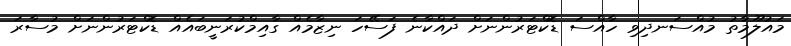
މައުލޫމާތު މުއްސަނދިވި ހާއްސަ ޑޮކްޓަރުންނަށް ދައްކާނެ ފަސޭހަ ނިޒާމެއް ގާއިމްކުރަނީބައެއް ޑޮކްޓަރުންނަށް މުސާރަ